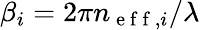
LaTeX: \beta_{i}=2\pi n_{\mathrm{~e~f~f~},i}/\lambda